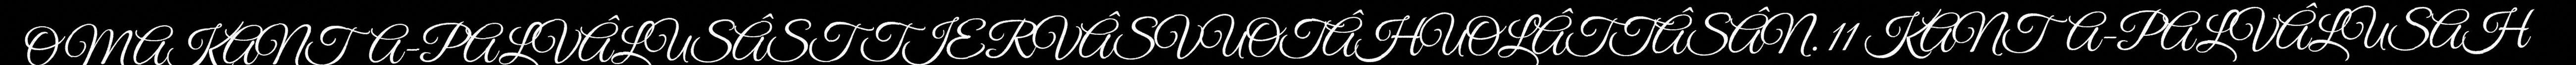
OMAKANTA-PALVÂLUSÂST TIERVÂSVUOTÂHUOLÂTTÂSÂN. 11 KANTA-PALVÂLUSAH